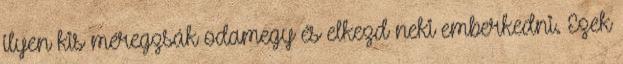
ilyen kis méregzsák odamegy és elkezd neki emberkedni. Ezek